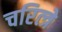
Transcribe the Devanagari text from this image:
चरित्त्रे